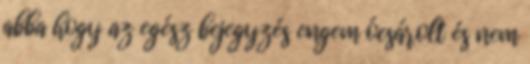
abba hogy az egész bejegyzés engem ócsárolt és nem